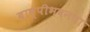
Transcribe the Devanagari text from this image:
बाष्पीभवनचा